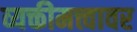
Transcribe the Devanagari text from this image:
व्यक्तीमत्त्वावर